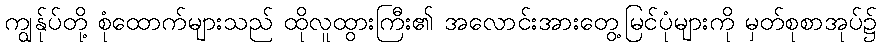
ကျွန်ုပ်တို့ စုံထောက်များသည် ထိုလူထွားကြီး၏ အလောင်းအားတွေ့မြင်ပုံများကို မှတ်စုစာအုပ်၌